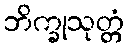
ဘိက္ခုသုတ္တံ